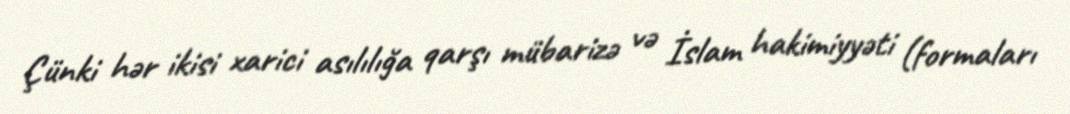
Çünki hər ikisi xarici asılılığa qarşı mübarizə və İslam hakimiyyəti (formaları